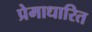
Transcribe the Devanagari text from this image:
प्रेमाधारित